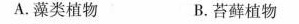
A.藻类植物 B.苔藓植物